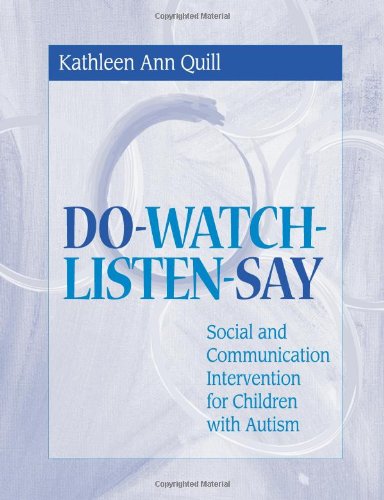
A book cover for DO-WATCH-LISTEN-SAY: Social and Communication Intervention for Children with Autism; Kathleen Quill Ed.D.; Medical Books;